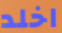
اخلد